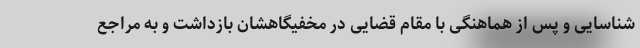
شناسایی و پس از هماهنگی با مقام قضایی در مخفیگاهشان بازداشت و به مراجع